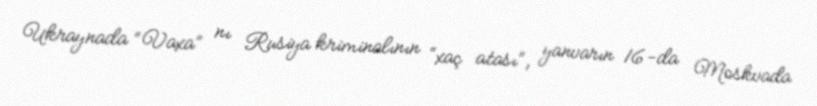
Ukraynada “Vaxa” nı Rusiya kriminalının “xaç atası”, yanvarın 16-da Moskvada